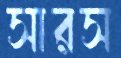
সারস